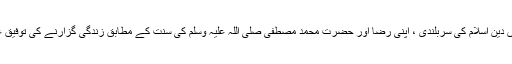
اللہ تعالی ہمیں دین اسلام کی سربلندی ، اپنی رضا اور حضرت محمد مصطفی صلی اللہ علیہ وسلم کی سنت کے مطابق زندگی گزارنے کی توفیق عطا فرمائے۔